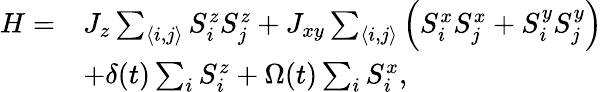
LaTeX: \begin{array}{rl}{H=}&{J_{z}\sum_{\langle i,j\rangle}S_{i}^{z}S_{j}^{z}+J_{xy}\sum_{\langle i,j\rangle}\left(S_{i}^{x}S_{j}^{x}+S_{i}^{y}S_{j}^{y}\right)}\\ &{+\delta(t)\sum_{i}S_{i}^{z}+\Omega(t)\sum_{i}S_{i}^{x},}\end{array}